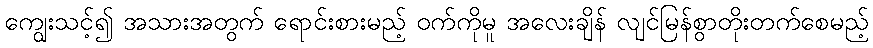
ကျွေးသင့်၍ အသားအတွက် ရောင်းစားမည့် ဝက်ကိုမူ အလေးချိန် လျင်မြန်စွာတိုးတက်စေမည့်